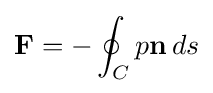
\mathbf {F} =-\oint _{C}p\mathbf {n} \,ds